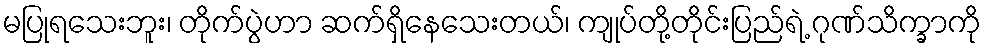
မပြုရသေးဘူး၊ တိုက်ပွဲဟာ ဆက်ရှိနေသေးတယ်၊ ကျုပ်တို့တိုင်းပြည်ရဲ့ ဂုဏ်သိက္ခာကို